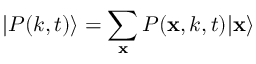
| P ( k , t ) \rangle = \sum _ { \mathbf { x } } P ( \mathbf { x } , k , t ) | \mathbf { x } \rangle